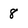
Character: 8